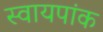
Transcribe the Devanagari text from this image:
स्वायपांक